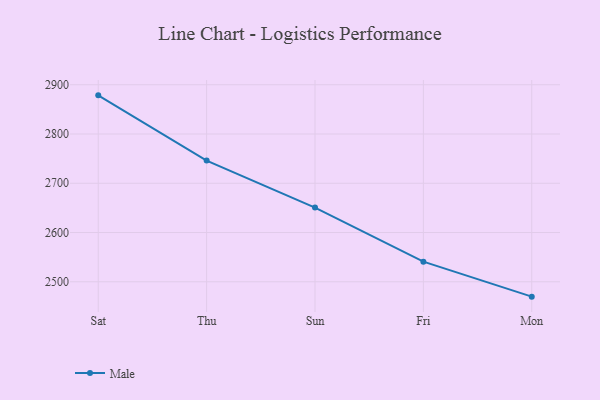
{"axis": {"x": "Day", "y": "Production Output"}, "legend": ["Male"], "data": [{"x": "Sat", "y": 2878.5, "type": "Male"}, {"x": "Thu", "y": 2746.1, "type": "Male"}, {"x": "Sun", "y": 2650.7, "type": "Male"}, {"x": "Fri", "y": 2540.9, "type": "Male"}, {"x": "Mon", "y": 2469.8, "type": "Male"}]}